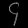
Digit: ၄